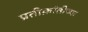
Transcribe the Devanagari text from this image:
प्रतीक्रांतीच्या